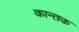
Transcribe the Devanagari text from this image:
कान्तक